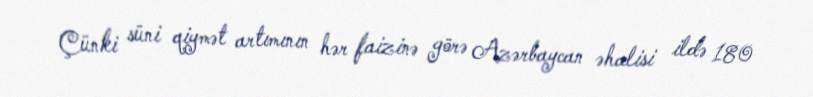
Çünki süni qiymət artımının hər faizinə görə Azərbaycan əhalisi ildə 180